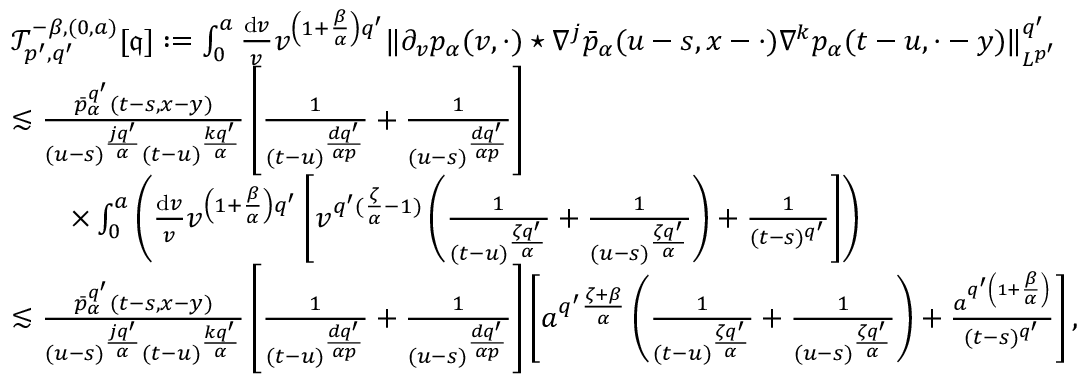
\begin{array} { r l } & { \mathcal { T } _ { p ^ { \prime } , q ^ { \prime } } ^ { - \beta , ( 0 , a ) } [ \mathfrak { q } ] : = \int _ { 0 } ^ { a } \frac { \mathrm { d } v } { v } v ^ { \left( 1 + \frac { \beta } { \alpha } \right) q ^ { \prime } } \Vert \partial _ { v } p _ { \alpha } ( v , \cdot ) \star \nabla ^ { j } \bar { p } _ { \alpha } ( u - s , x - \cdot ) \nabla ^ { k } p _ { \alpha } ( t - u , \cdot - y ) \Vert _ { L ^ { p ^ { \prime } } } ^ { q ^ { \prime } } } \\ & { \lesssim \frac { \bar { p } _ { \alpha } ^ { q ^ { \prime } } ( t - s , x - y ) } { ( u - s ) ^ { \frac { j q ^ { \prime } } { \alpha } } ( t - u ) ^ { \frac { k q ^ { \prime } } { \alpha } } } \left[ \frac { 1 } { ( t - u ) ^ { \frac { d q ^ { \prime } } { \alpha p } } } + \frac { 1 } { ( u - s ) ^ { \frac { d q ^ { \prime } } { \alpha p } } } \right] } \\ & { \qquad \times \int _ { 0 } ^ { a } \left( \frac { \mathrm { d } v } { v } v ^ { \left( 1 + \frac { \beta } { \alpha } \right) q ^ { \prime } } \left[ v ^ { q ^ { \prime } ( \frac { \zeta } { \alpha } - 1 ) } \left( \frac { 1 } { ( t - u ) ^ { \frac { \zeta q ^ { \prime } } { \alpha } } } + \frac { 1 } { ( u - s ) ^ { \frac { \zeta q ^ { \prime } } { \alpha } } } \right) + \frac { 1 } { ( t - s ) ^ { q ^ { \prime } } } \right] \right) } \\ & { \lesssim \frac { \bar { p } _ { \alpha } ^ { q ^ { \prime } } ( t - s , x - y ) } { ( u - s ) ^ { \frac { j q ^ { \prime } } { \alpha } } ( t - u ) ^ { \frac { k q ^ { \prime } } { \alpha } } } \left[ \frac { 1 } { ( t - u ) ^ { \frac { d q ^ { \prime } } { \alpha p } } } + \frac { 1 } { ( u - s ) ^ { \frac { d q ^ { \prime } } { \alpha p } } } \right] \left[ a ^ { q ^ { \prime } \frac { \zeta + \beta } { \alpha } } \left( \frac { 1 } { ( t - u ) ^ { \frac { \zeta q ^ { \prime } } { \alpha } } } + \frac { 1 } { ( u - s ) ^ { \frac { \zeta q ^ { \prime } } { \alpha } } } \right) + \frac { a ^ { q ^ { \prime } \left( 1 + \frac { \beta } { \alpha } \right) } } { ( t - s ) ^ { q ^ { \prime } } } \right] , } \end{array}